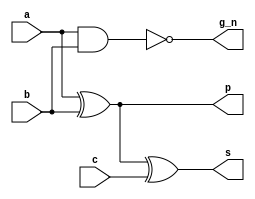
/* metamorphosis of partial full adder */
module MPFA 
(
    input  wire a,
    input  wire b,
    input  wire c,
    output wire s,
    output wire g_n,
    output wire p

);

    xor (p  , a, b);
    nand(g_n, a, b);
    xor (s  , p, c);


endmodule